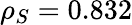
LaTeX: \rho_{S}=0.832